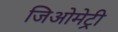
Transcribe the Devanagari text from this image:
जिअोमेट्री